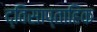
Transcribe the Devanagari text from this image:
द्विसाप्‍ताहिक